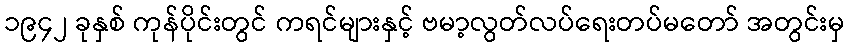
၁၉၄၂ ခုနှစ် ကုန်ပိုင်းတွင် ကရင်များနှင့် ဗမာ့လွတ်လပ်ရေးတပ်မတော် အတွင်းမှ